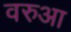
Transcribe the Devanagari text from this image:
वरुआ